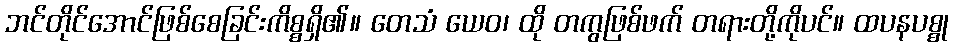
ဘင်တိုင်အောင်ဖြစ်စေခြင်းကိစ္စရှိ၏။ တေသံ ယေဝ၊ ထို တကွဖြစ်ဖက် တရားတို့ကိုပင်။ ထပနပစ္စု